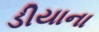
ડીયાના